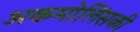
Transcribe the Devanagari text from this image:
अकमोलिंसकी